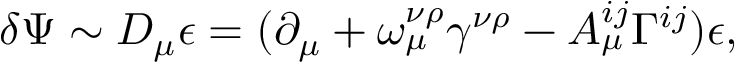
\delta \Psi \sim D _ { \mu } \epsilon = ( \partial _ { \mu } + \omega _ { \mu } ^ { \nu \rho } \gamma ^ { \nu \rho } - A _ { \mu } ^ { i j } \Gamma ^ { i j } ) \epsilon ,